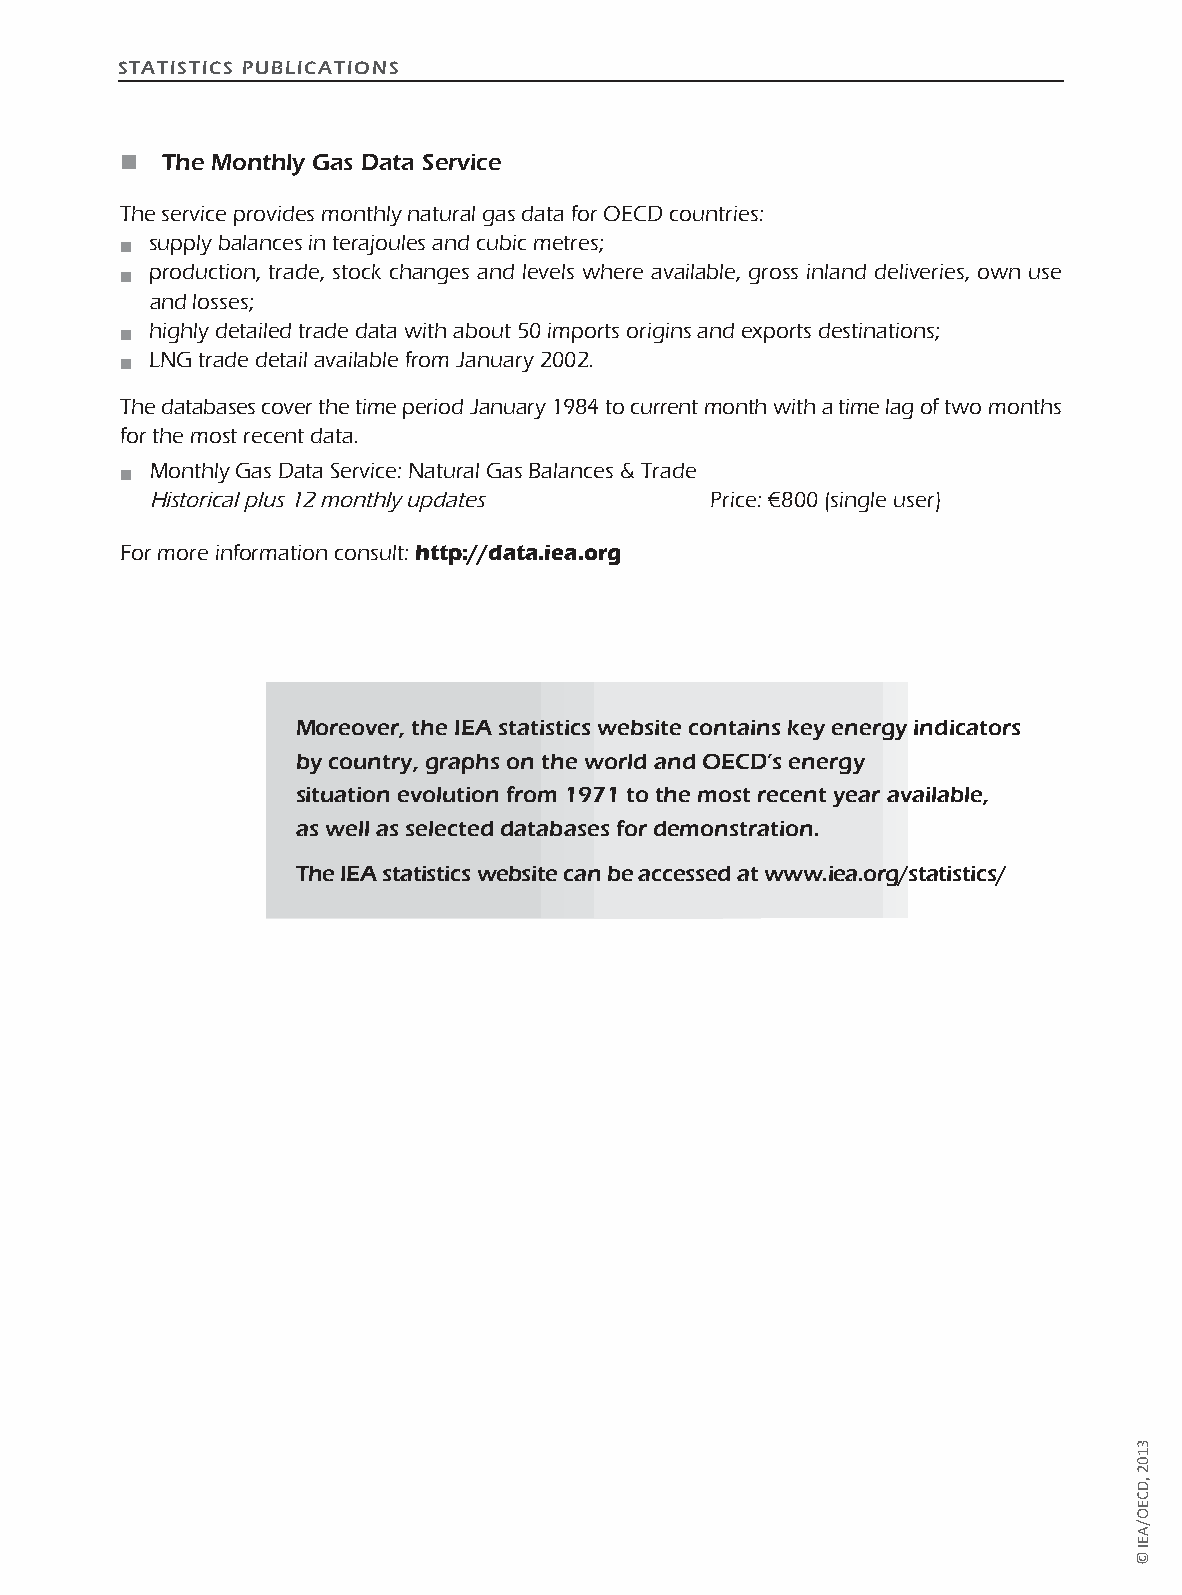
STATISTICS PUBLICATIONS
 n  The Monthly Gas Data Service
 The service provides monthly natural gas data for OECD countries:
 supply balances in terajoules and cubic metres;
 n
 production, trade, stock changes and levels where available, gross inland deliveries, own use
 n
 and losses;
 highly detailed trade data with about 50 imports origins and exports destinations;
 n
 LNG trade detail available from January 2002.
 n
 The databases cover the time period January 1984 to current month with a time lag of two months
 for the most recent data.
 Monthly Gas Data Service: Natural Gas Balances & Trade
 n
 Historical plus 12 monthly updates   Price: €800 (single user)
 For more information consult: http://data.iea.org
 Moreover, the IEA statistics website contains key energy indicators
 by country, graphs on the world and OECD’s energy
 situation evolution from 1971 to the most recent year available,
 as well as selected databases for demonstration.
 The IEA statistics website can be accessed at www.iea.org/statistics/
 pagesFINstat2013_pourPC.indd 5                                      13/06/2013 12:15:36
 3102
 ,DCEO/AEI
 ©